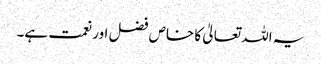
یہ اللہ تعالیٰ کا خاص فضل اور نعمت ہے۔